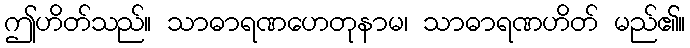
ဤဟိတ်သည်။ သာဓာရဏဟေတုနာမ၊ သာဓာရဏဟိတ် မည်၏။